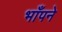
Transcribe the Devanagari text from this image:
भाँपने